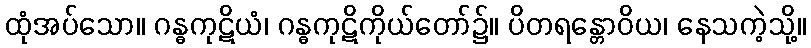
ထုံအပ်သော။ ဂန္ဓကုဋိယံ၊ ဂန္ဓကုဋိကိုယ်တော်၌။ ပိတရန္တောဝိယ၊ နေသကဲ့သို့။